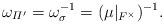
LaTeX: \begin{align*} \omega_{\varPi'}=\omega_\sigma^{-1}=(\mu|_{F^\times})^{-1}.\end{align*}